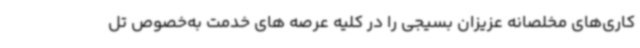
کاری‌های مخلصانه عزیزان بسیجی را در کلیه عرصه های خدمت به‌خصوص تل